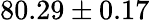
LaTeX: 80.29\pm 0.17